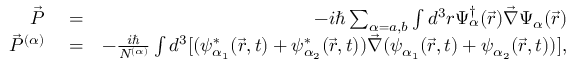
\begin{array} { r l r } { \vec { P } } & { { } = } & { - i \hbar \sum _ { \alpha = a , b } \int d ^ { 3 } r \Psi _ { \alpha } ^ { \dagger } ( \vec { r } ) \vec { \nabla } \Psi _ { \alpha } ( \vec { r } ) } \\ { \vec { P } ^ { ( \alpha ) } } & { { } = } & { - \frac { i \hbar } { N ^ { ( \alpha ) } } \int d ^ { 3 } [ ( \psi _ { \alpha _ { 1 } } ^ { * } ( \vec { r } , t ) + \psi _ { \alpha _ { 2 } } ^ { * } ( \vec { r } , t ) ) \vec { \nabla } ( \psi _ { \alpha _ { 1 } } ( \vec { r } , t ) + \psi _ { \alpha _ { 2 } } ( \vec { r } , t ) ) ] , } \end{array}